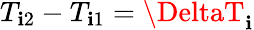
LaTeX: {T_{\mathbf{i}2}-T_{\mathbf{i}1}=\DeltaT_{\mathbf{i}}}